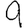
Digit: 9